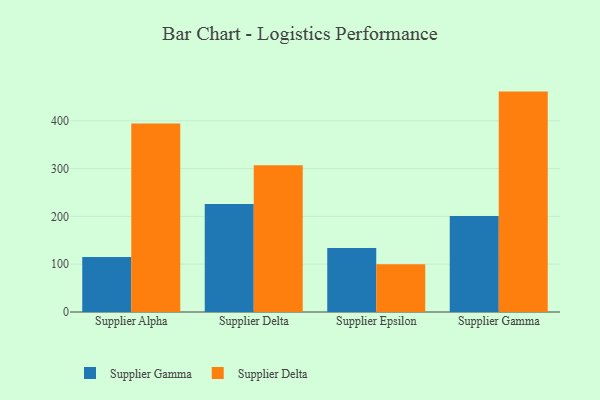
{"axis": {"x": "Supplier", "y": "Customer Acquisition Cost (USD)"}, "legend": ["Supplier Delta", "Supplier Gamma"], "data": [{"x": "Supplier Alpha", "y": 115.0, "type": "Supplier Gamma"}, {"x": "Supplier Alpha", "y": 394.2, "type": "Supplier Delta"}, {"x": "Supplier Delta", "y": 226.0, "type": "Supplier Gamma"}, {"x": "Supplier Delta", "y": 307.1, "type": "Supplier Delta"}, {"x": "Supplier Epsilon", "y": 134.1, "type": "Supplier Gamma"}, {"x": "Supplier Epsilon", "y": 100.1, "type": "Supplier Delta"}, {"x": "Supplier Gamma", "y": 201.1, "type": "Supplier Gamma"}, {"x": "Supplier Gamma", "y": 461.1, "type": "Supplier Delta"}]}